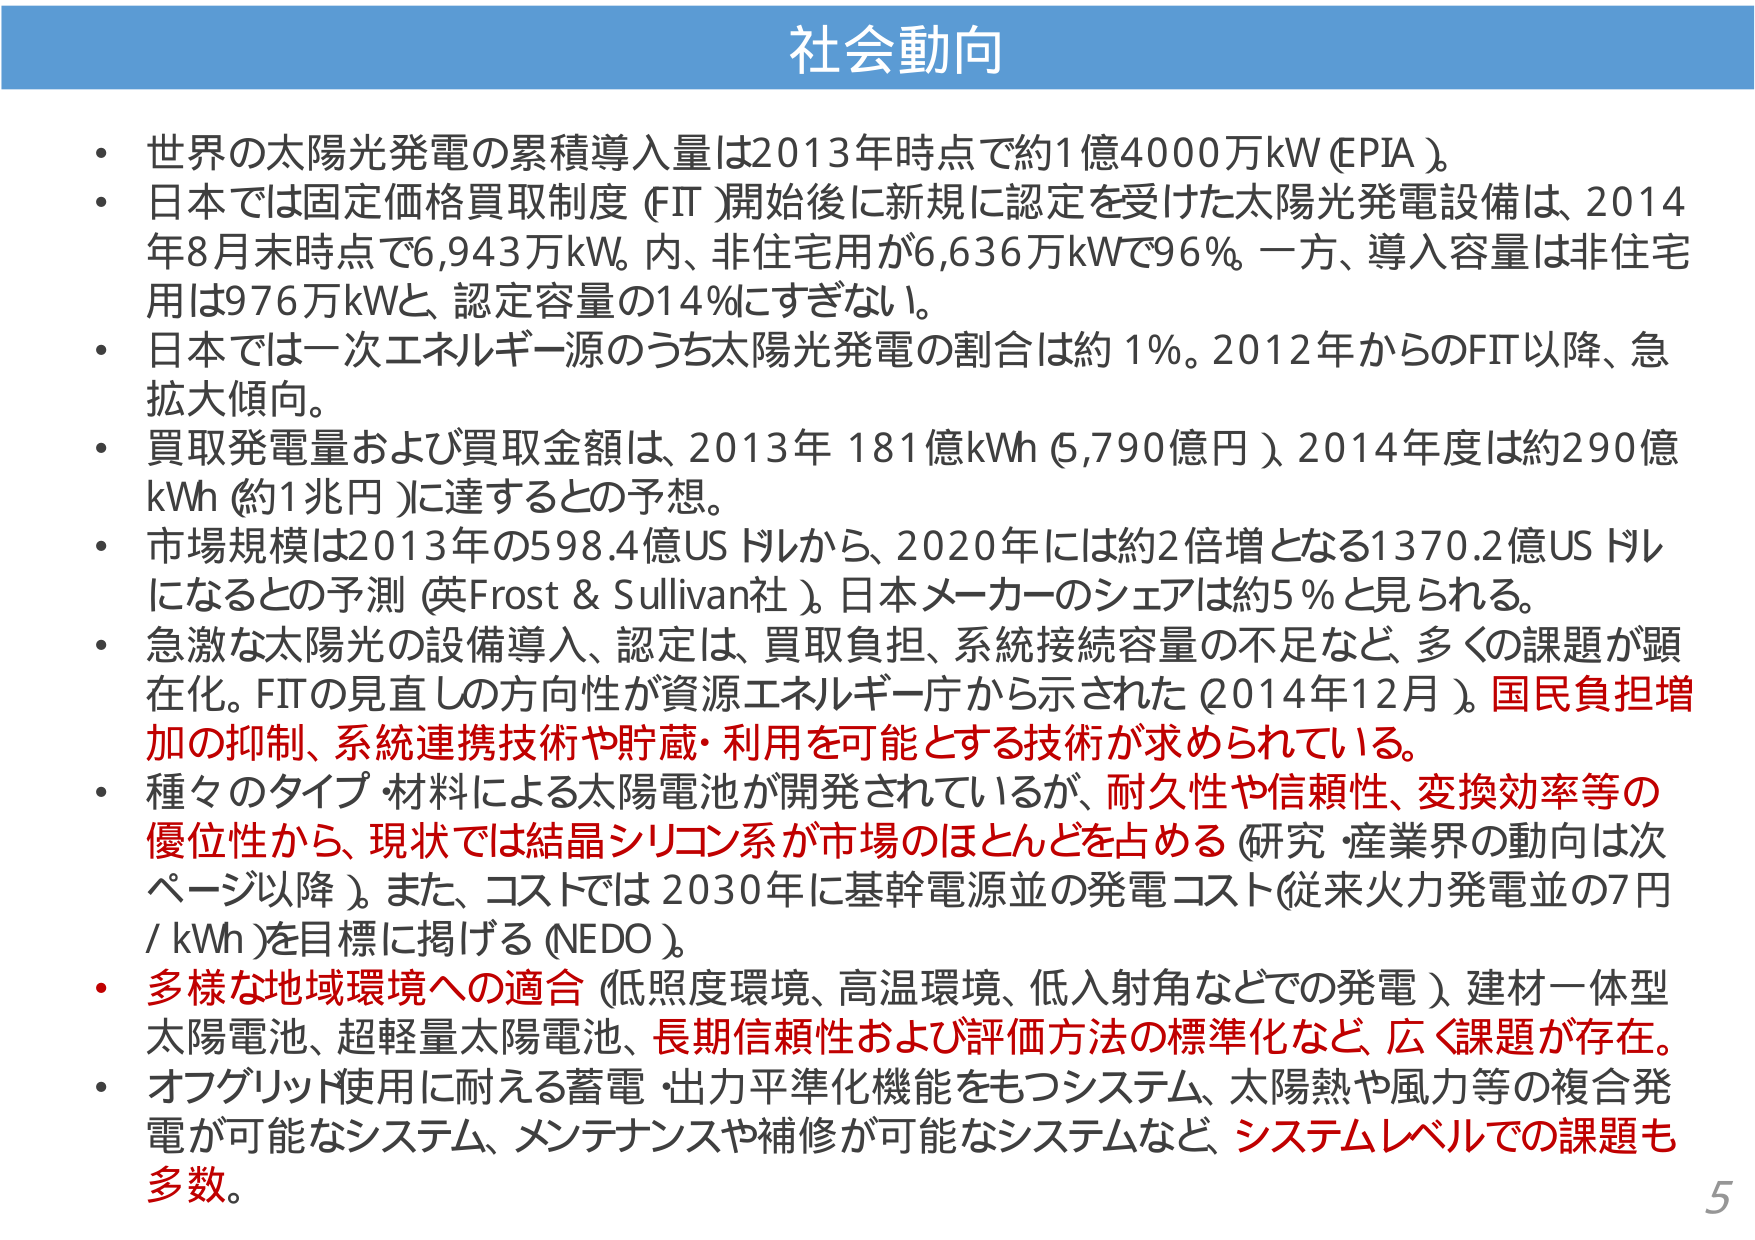
社会動向

・世界の太陽光発電の累積導入量は2013年時点で約1億4000万kW（EPIA）。
・日本では固定価格買取制度（FIT）開始後に新規に認定を受けた太陽光発電設備は、2014年8月末時点で6,943万kW。内、非住宅用が6,636万kWで96%。一方、導入容量は非住宅用は976万kWと、認定容量の14%にすぎない。
・日本では一次エネルギー源のうち太陽光発電の割合は約1%。2012年からのFIT以降、急拡大傾向。
・買取発電量および買取金額は、2013年181億kWh（5,790億円）、2014年度は約290億kWh（約1兆円）に達すると予想。
・市場規模は2013年の598.4億USドルから、2020年には約2倍増となる1370.2億USドルになると予測（英Frost & Sullivan社）。日本メーカーのシェアは約5%と見られる。
・急激な太陽光の設備導入、認定は、買取負担、系統接続容量の不足など、多くの課題が顕在化。FITの見直しの方向性が資源エネルギー庁から示された（2014年12月）。国民負担増加の抑制、系統連携技術や貯蔵・利用を可能とする技術が求められている。
・種々のタイプ・材料による太陽電池が開発されているが、耐久性や信頼性、変換効率等の優位性から、現状では結晶シリコン系が市場のほとんどを占める（研究・産業界の動向は次ページ以降）。また、コストでは2030年に基幹電源並の発電コスト（従来火力発電並の7円/kWh）を目標に掲げる（NEDO）。
・多様な地域環境への適合（低照度環境、高温環境、低入射角などでの発電）、建材一体型太陽電池、超軽量太陽電池、長期信頼性および評価方法の標準化など、広く課題が存在。
・オフグリッド使用に耐える蓄電・出力平準化機能をもつシステム、太陽熱や風力等の複合発電が可能なシステム、メンテナンスや補修が可能なシステムなど、システムレベルでの課題も多数。

5